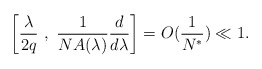
\begin{align*}\left[\frac{\lambda}{2q}\ ,\ \frac{1}{N A(\lambda)} \frac{d}{d\lambda}\right] = O (\frac{1}{N^{*}})\ll 1 .\end{align*}